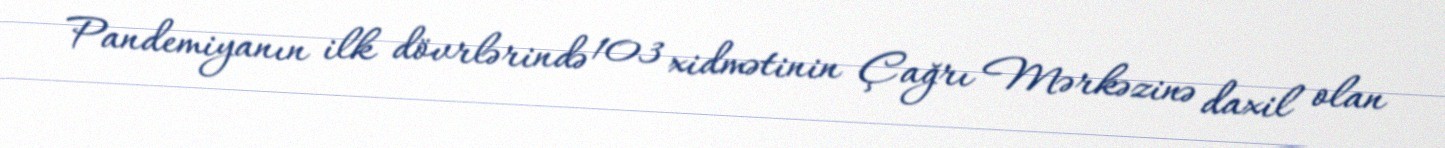
Pandemiyanın ilk dövrlərində 103 xidmətinin Çağrı Mərkəzinə daxil olan